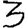
Digit: 3